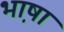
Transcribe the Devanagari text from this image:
भा़षा